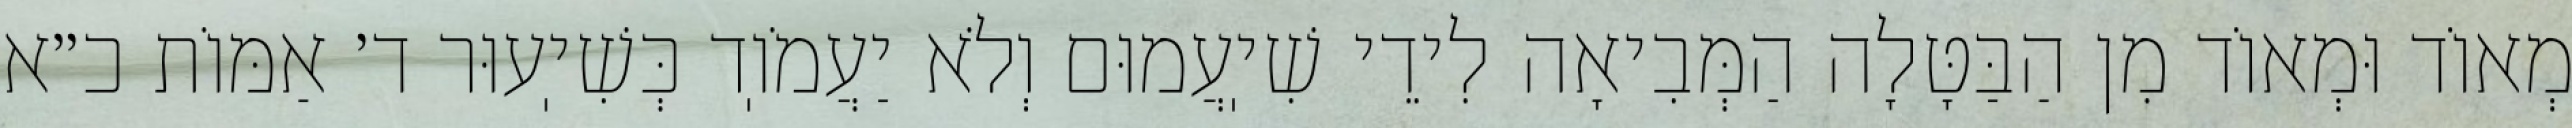
מְאוֹד וּמְאוֹד מִן הַבַּטָּלָה הַמְּבִיאָה לִידֵי שִׁיֽעֲמוּם וְלֹא יַעֲמֹוֽד כְּשִׁיֽעוּר ד׳ אַמּוֹת כ״א